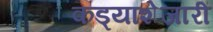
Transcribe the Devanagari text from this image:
कड्याशेजारी